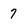
Character: 7